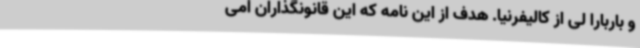
و باربارا لی از کالیفرنیا. هدف از این نامه که این قانونگذاران امی